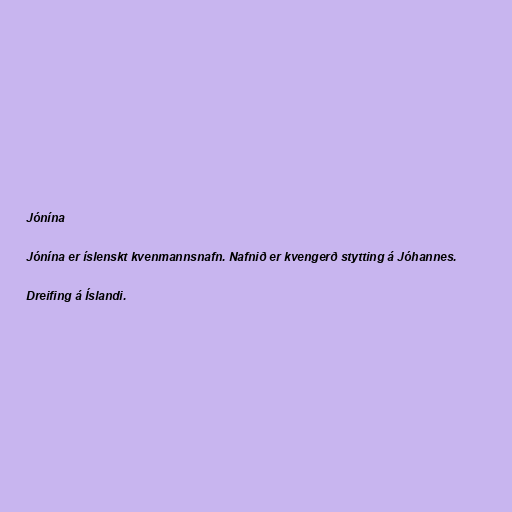
Jónína

Jónína er íslenskt kvenmannsnafn. Nafnið er kvengerð stytting á Jóhannes.

Dreifing á Íslandi.